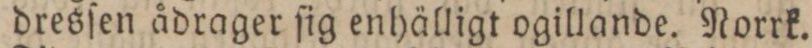
dresſen ådrager ſig enhälligt ogillande. Norrk.